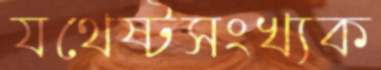
যথেষ্টসংখ্যক